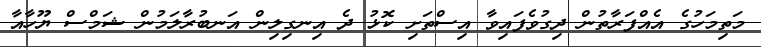
މަތިމަހުގެ އެއްފަރާތުން ދިގުވެފައިވާ އިސްތަށި ކޮޅު ދެ އިނގިލިން އަނބުރާލަމުން ޝަމްސް ޔޫހާއާ